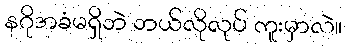
နဂိုအခံမရှိဘဲ ဘယ်လိုလုပ် ကူးမှာလဲ။